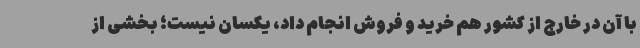
با آن در خارج از کشور هم خرید و فروش انجام داد، یکسان نیست؛ بخشی از